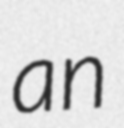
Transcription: an